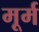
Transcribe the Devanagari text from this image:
मूर्म